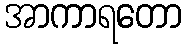
အာကာရတော